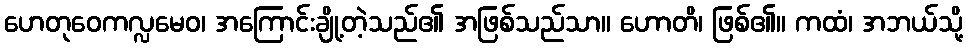
ဟေတုဝေကလ္လမေဝ၊ အကြောင်းချို့တဲ့သည်၏ အဖြစ်သည်သာ။ ဟောတိ၊ ဖြစ်၏။ ကထံ၊ အဘယ်သို့